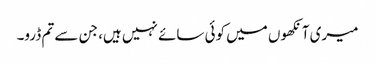
میری آنکھوں میں کوئی سائے نہیں ہیں، جن سے تم ڈرو۔